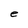
Character: e